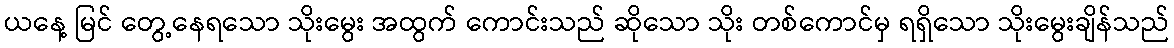
ယနေ့ မြင် တွေ့နေရသော သိုးမွေး အထွက် ကောင်းသည် ဆိုသော သိုး တစ်ကောင်မှ ရရှိသော သိုးမွေးချိန်သည်